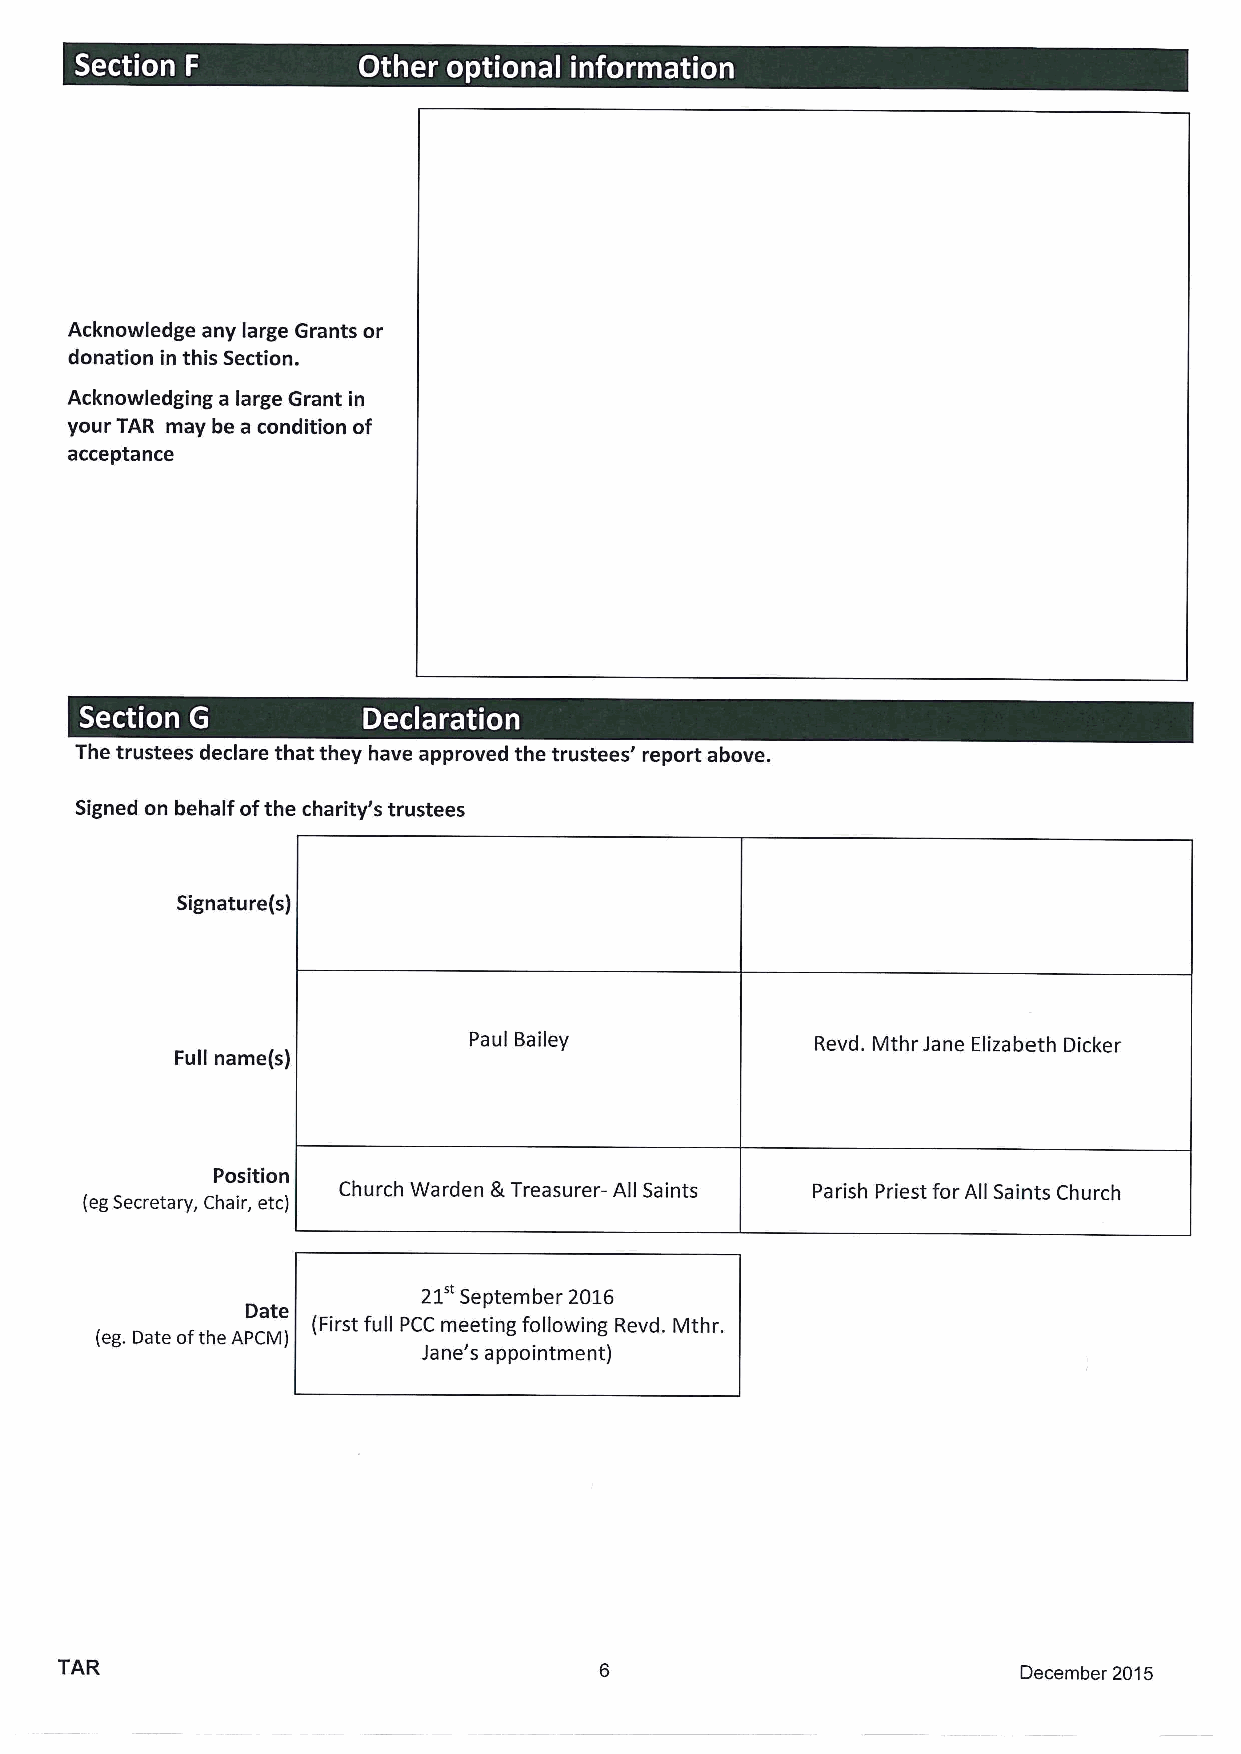
.       .
 -
 ~     ~ ~ ~     ~      ~
 Acknowledge any large Grants or
 donation in this Section.
 Acknowledging a large Grant in
 your TAR may be a condition of
 acceptance
 . .
 -
 ~       ~
 The trustees declare that they have approved the trustees' report above.
 Signed on behalf ofthe charity's trustees
 Signature(s)
 Paul Bailey            Revd. Mthr Jane Elizabeth Dicker
 Full name(s)
 Position
 Church Warden S.Treasurer- All Saints Parish Priest for All Saints Church
 (eg Secretary, Chair, etc)
 21"
 September 2016
 Date
 (First full PCC meeting following Revd. Mthr.
 (eg. Date ofthe APCM)
 Jane's appointment)
 TAR                                                             December 2015